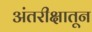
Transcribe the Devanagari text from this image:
अंतरीक्षातून